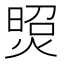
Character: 𤋜